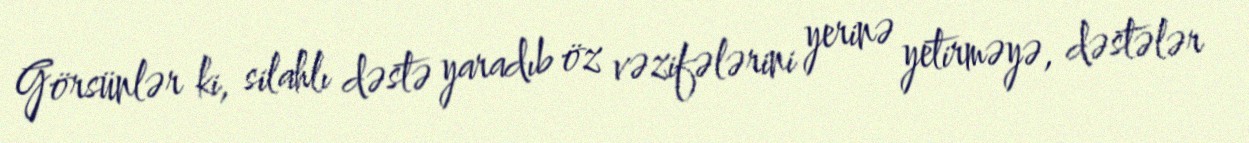
Görsünlər ki, silahlı dəstə yaradıb öz vəzifələrini yerinə yetirməyə, dəstələr